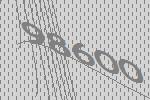
98600